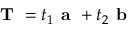
\textbf { T } = t _ { 1 } \textbf { a } + t _ { 2 } \textbf { b }